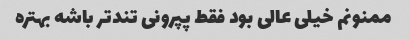
ممنونم خیلی عالی بود ‌فقط پپرونی تندتر باشه بهتره